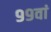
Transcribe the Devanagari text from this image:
९९वां